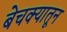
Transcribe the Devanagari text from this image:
बेचक्‍यातून